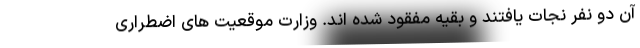
آن دو نفر نجات یافتند و بقیه مفقود شده اند. وزارت موقعیت های اضطراری